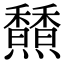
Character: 𩡢